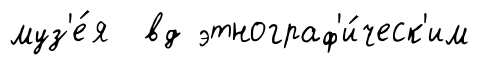
муз'е́я вд этнограф'и́ческ'им